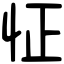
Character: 怔